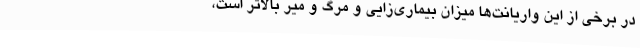
در برخی از این واریانت‌ها میزان بیماری‌زایی و مرگ و میر بالاتر است،